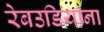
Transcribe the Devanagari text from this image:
रेबउडियाना